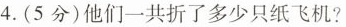
4.(5分)他们一共折了多少只纸飞机？